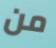
من